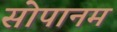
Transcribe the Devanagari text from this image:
सोपानम